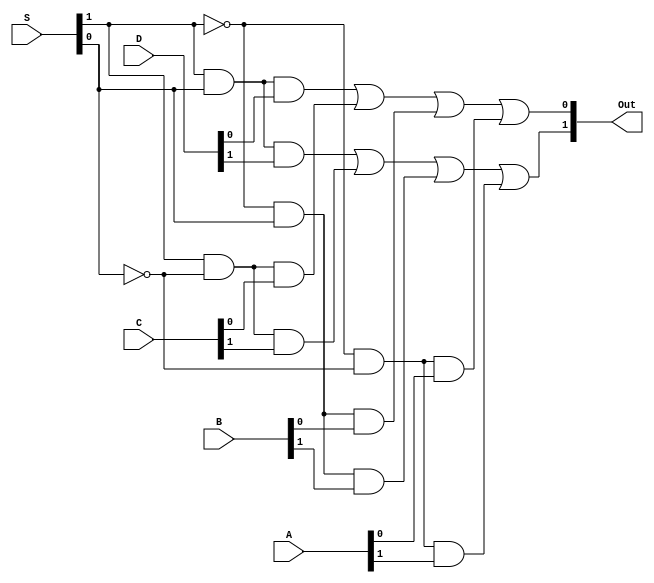
module ttl74153(Out, S, A, B, C, D);
    output [1:0] Out;
    input [1:0] S;
    input [1:0] A;
    input [1:0] B;
    input [1:0] C;
    input [1:0] D;

    // ON 74LS153, simplified
    assign #(0:25:38) Out[0] =
	  ( S[1] &  S[0] & D[0])
	| ( S[1] & !S[0] & C[0])
	| (!S[1] &  S[0] & B[0])
	| (!S[1] & !S[0] & A[0]);

    assign #(0:25:38) Out[1] =
	  ( S[1] &  S[0] & D[1])
	| ( S[1] & !S[0] & C[1])
	| (!S[1] &  S[0] & B[1])
	| (!S[1] & !S[0] & A[1]);

endmodule